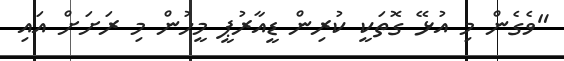
"ވެގެން މި އުޅޭ ގޮތަކީ ކުރިން ޑީއާރުޕީ މީހުން މި ރަށަށް އައި